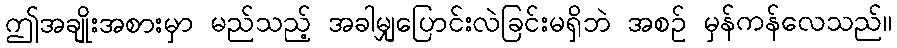
ဤအချိုးအစားမှာ မည်သည့် အခါမျှပြောင်းလဲခြင်းမရှိဘဲ အစဉ် မှန်ကန်လေသည်။